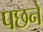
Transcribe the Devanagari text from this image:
पछने